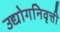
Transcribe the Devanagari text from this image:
उद्योगनिवृत्ती